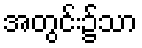
အတွင်း၌သာ